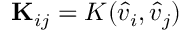
\mathbf { K } _ { i j } = K ( \hat { v } _ { i } , \hat { v } _ { j } )